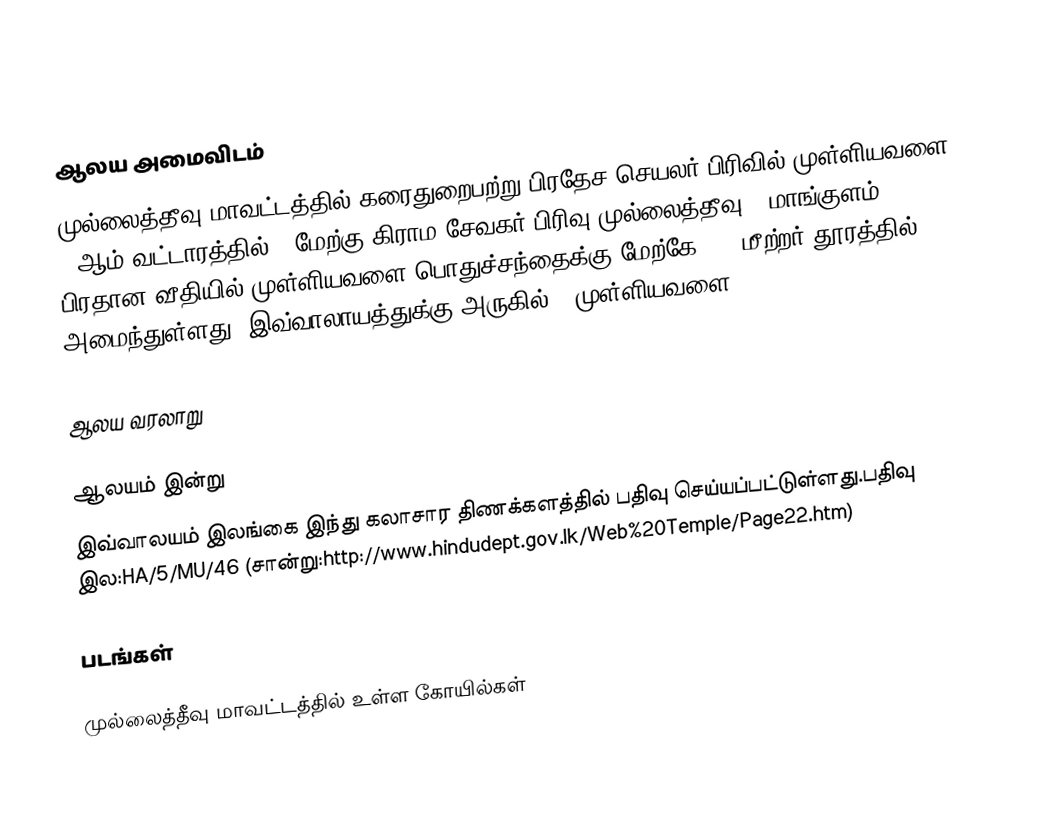

ஆலய அமைவிடம்
முல்லைத்தீவு மாவட்டத்தில் கரைதுறைபற்று பிரதேச செயலர் பிரிவில் முள்ளியவளை 1 ஆம் வட்டாரத்தில், (மேற்கு கிராம சேவகர் பிரிவு)முல்லைத்தீவு - மாங்குளம் பிரதான வீதியில் முள்ளியவளை பொதுச்சந்தைக்கு மேற்கே 200 மீற்றர் தூரத்தில் அமைந்துள்ளது. இவ்வாலாயத்துக்கு அருகில் [[முள்ளியவளை

ஆலய வரலாறு

ஆலயம் இன்று
இவ்வாலயம் இலங்கை இந்து கலாசார திணக்களத்தில் பதிவு செய்யப்பட்டுள்ளது.பதிவு இல:HA/5/MU/46 (சான்று:http://www.hindudept.gov.lk/Web%20Temple/Page22.htm)

படங்கள்

முல்லைத்தீவு மாவட்டத்தில் உள்ள கோயில்கள்